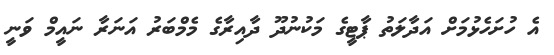
އެ ހުށަހެޅުމަށް އަދާލަތު ޕާޓީގެ މަކުނުދޫ ދާއިރާގެ މެމްބަރު އަނަރާ ނައީމް ވަނީ